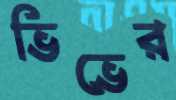
ভিভের